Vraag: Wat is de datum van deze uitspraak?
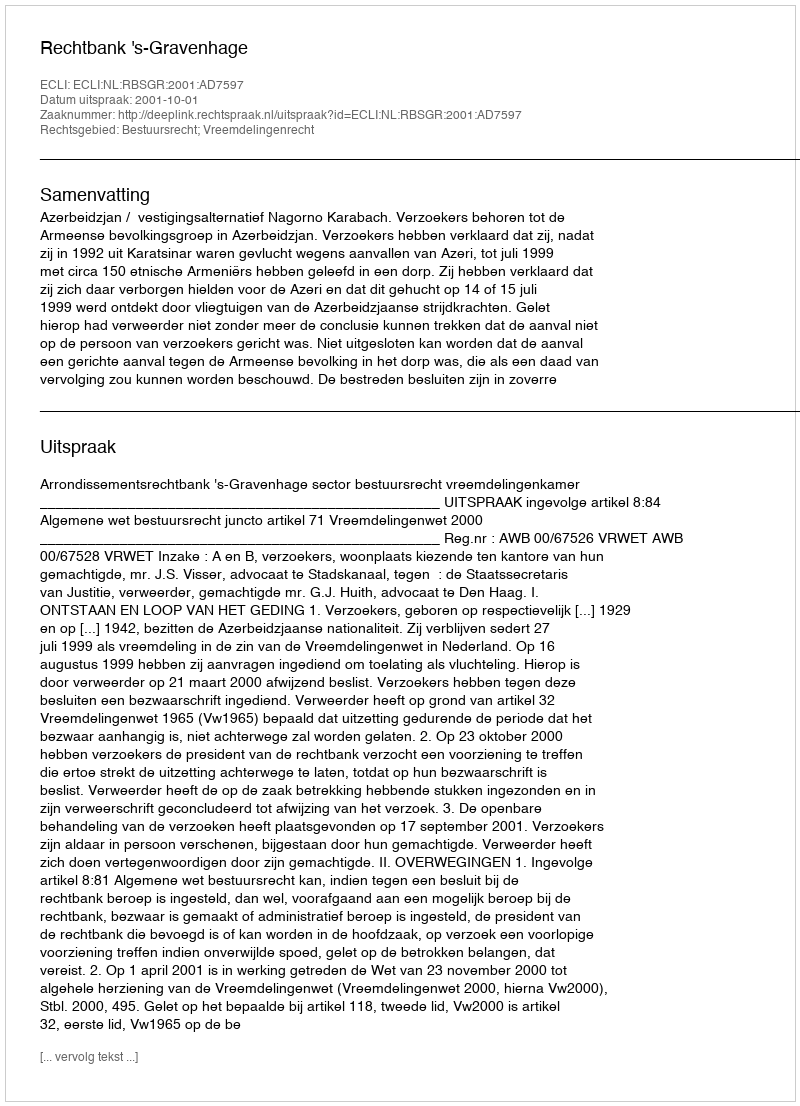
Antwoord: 2001-10-01